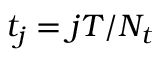
t _ { j } = j T / N _ { t }